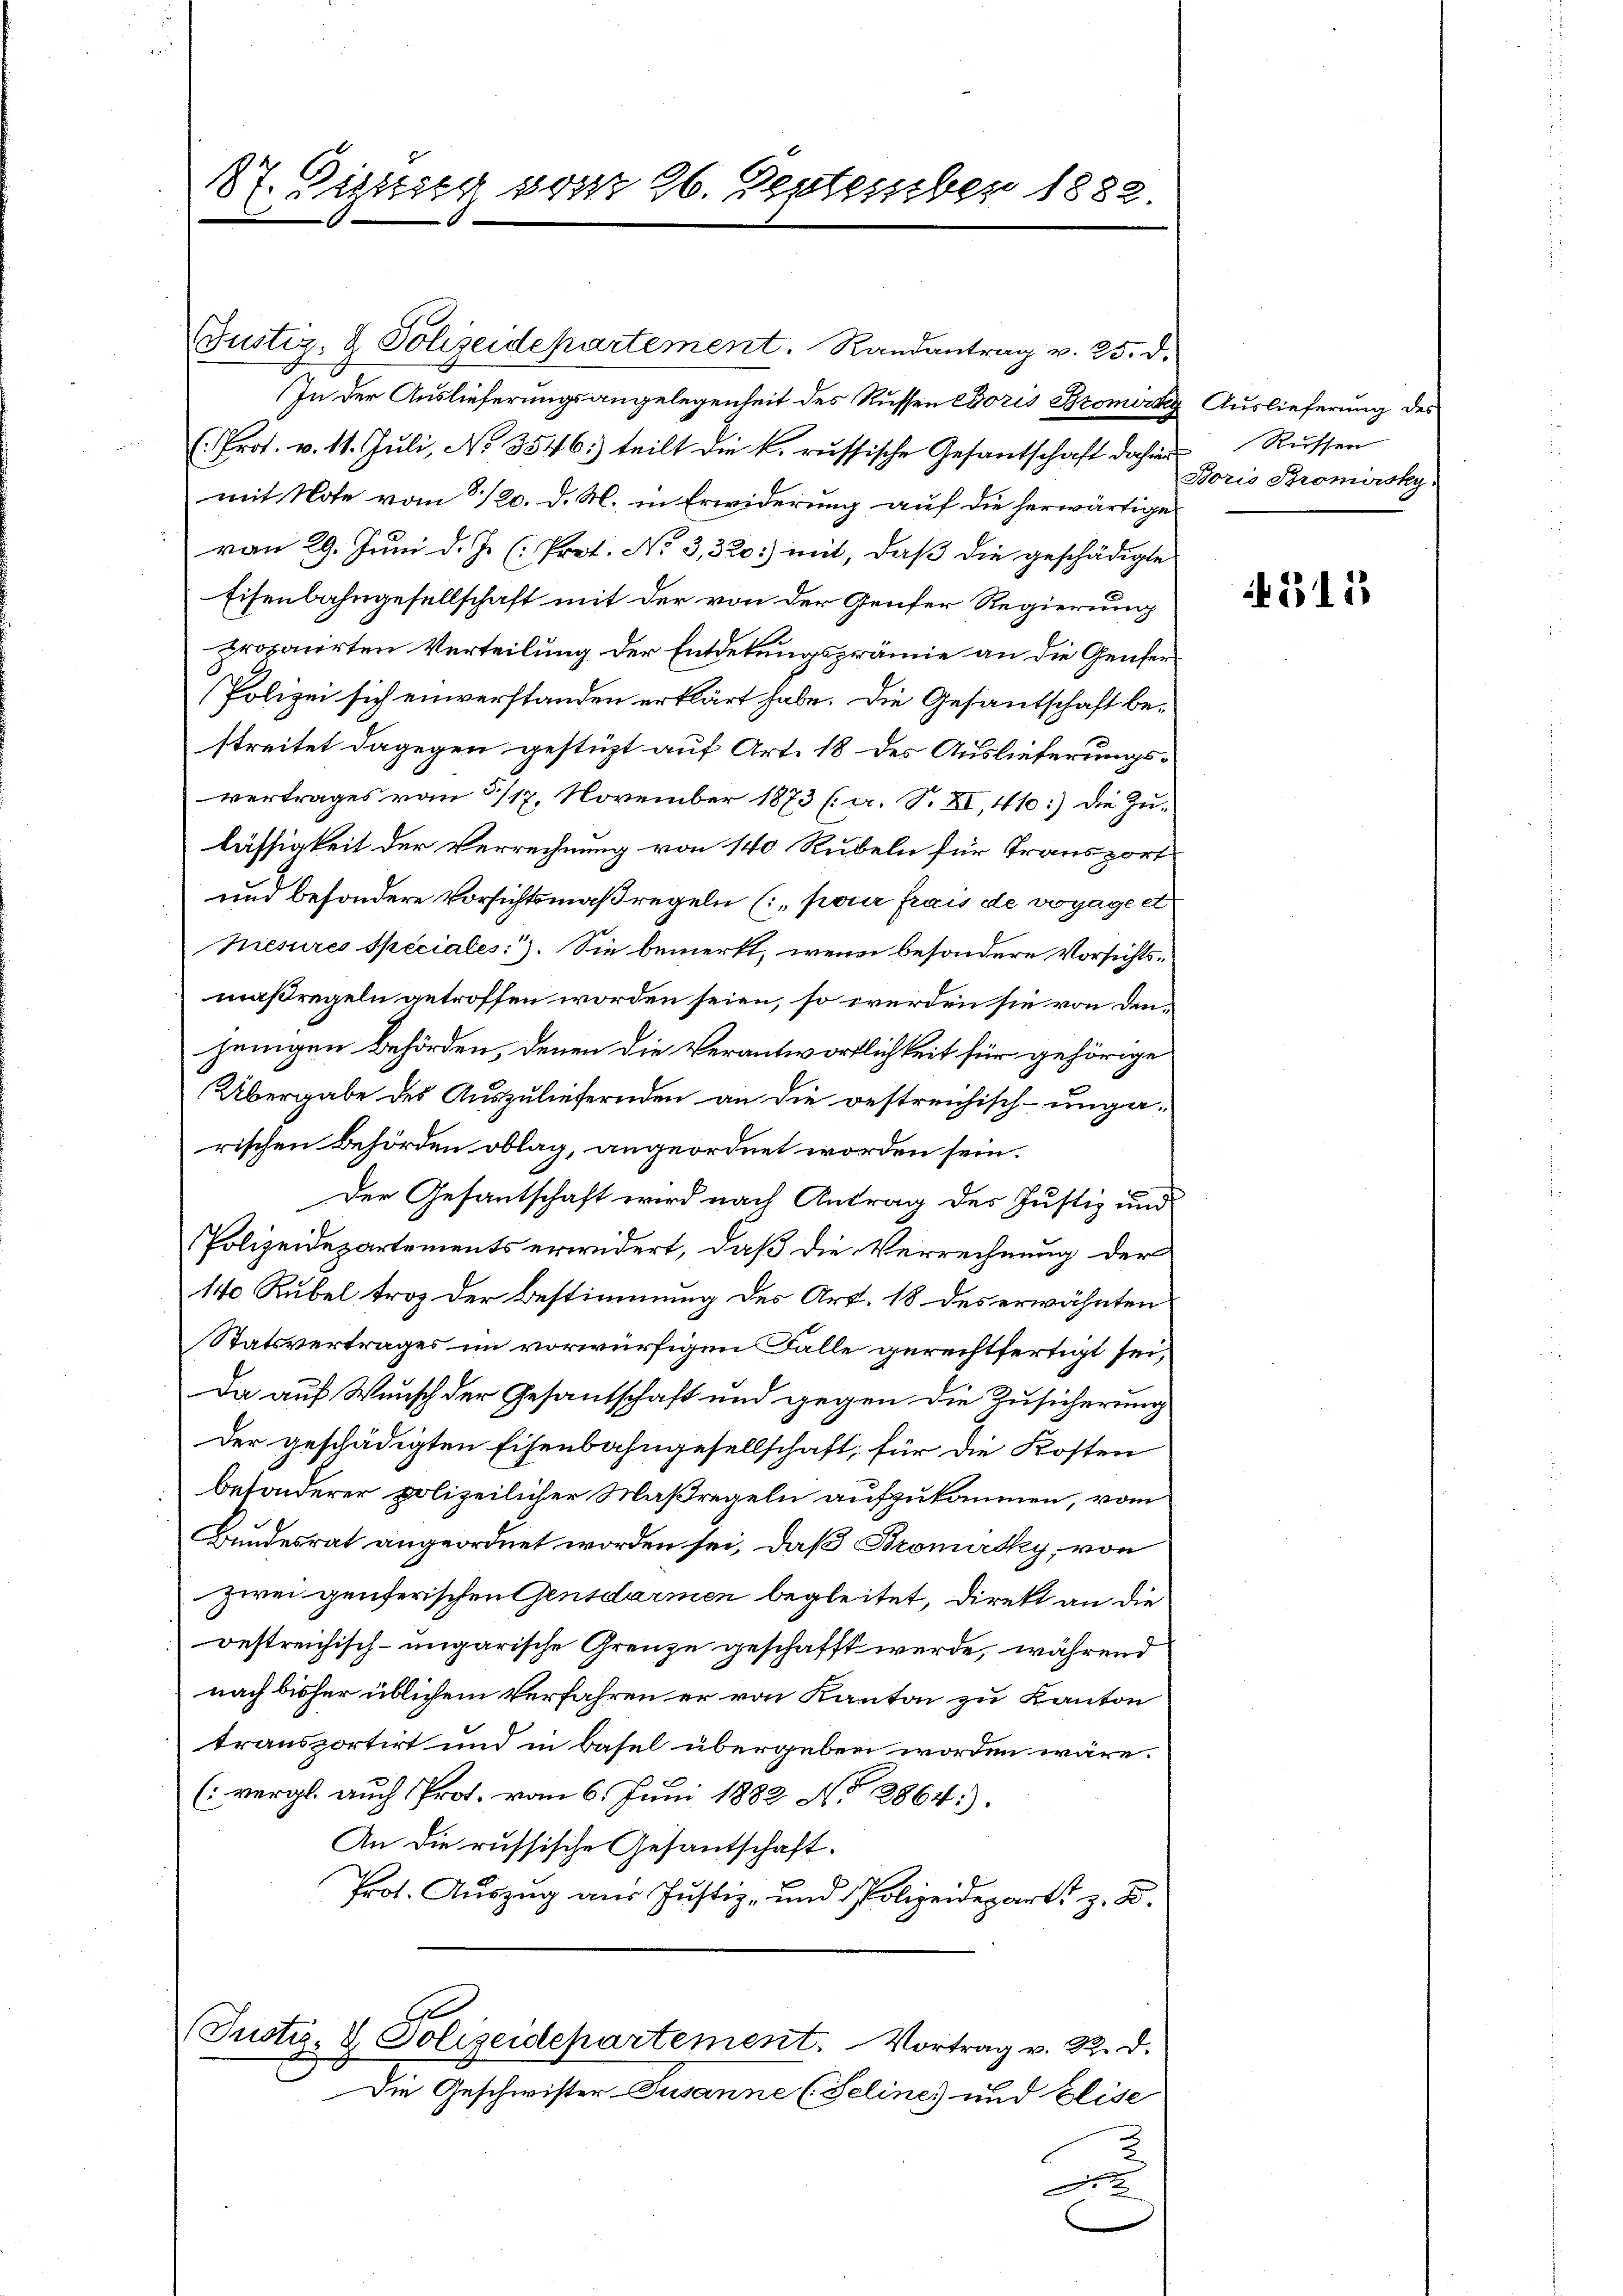
87. Distag praz 26. September 1882

Justiz- & Polizeidepartement. Randantrag v. 25. d.
In der Auslieferungsangelegenheit des Russen Choris Bromord
( Prot. v. 11. Juli, No. 3546) teilt die k. russische Gesantschaft dahin
mit Note vom 8 1/20. d. M. in Erwiderung auf die herwärtige
von 29. Juni d. J. (Prot. No 3,320) mit, daß die geschädigte
Eisenbahngesellschaft mit der von der Genfer Regierung
proponirten Verteilung der Entdekungsprämie an die Genfer
Polizei sich einverstanden erklärt habe. Die Gesantschaft bestreitet dagegen gestüzt auf Art. 18 des Auslieferungsvertrages von 3/17. November 1873 (er. S. XI, 410:) die Zulässigkeit der Verrechnung von 140 Rubeln für Transport
und besondere Vorsichtsmaßregeln (: „pour frais de voyage et
Hiesures Speciales.). Sie bemerkt, wenn besondere Vorsichtsmaßregeln getroffen worden seien, so werden sie von denjenigen Behörden, denen die Verantwortlichkeit für gehörige
Übergabe des Auszuliefernden an die bestreichisch-ungarischen Behörden oblag, angeordnet worden sein.
Der Gesantschaft wird nach Antrag des Justiz und
Polizeidepartements erwidert, daß die Verrechnung der
140 Rubel troz der Bestimmung des Art. 18 des erwähnten
Statsvertrages im vorwürfigen Falle gerechtfertigt sei,
Da auf Wunsch der Gesantschaft und gegen die Zusicherung
Der geschädigten Eisenbahngesellschaft, für die Kosten
besonderer polizeilicher Maßregeln aufzukommen, vom
Bundesrat angeordnet worden sei, daß Bronirsky, von
zwei genferischen Gensdarmen begleitet, direkt an die
bestreichisch-ungarische Grenze geschafft werde, während
nach bisher üblichem Verfahren er von Kanton zu Kanton
transportirt und in Basel übergeben worden wäre.
(vergl. auch Prot. vom 6. Juni 1882 No 2864).
An die russische Gesantschaft.
Prot. Auszug aus Justiz- und Polizeidepart z. B.
A
(Justi, V. Polizeidepartement. Vortrag v. R. d.
.
Die Geschwister-Jusanne (Seline) und Elise
A.2

Auslieferung des
Rüssen
Boris Bromirsky.

No. 3113